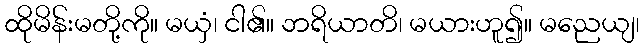
ထိုမိန်းမတို့ကို။ မယှံ၊ ငါ၏။ ဘရိယာတိ၊ မယားဟူ၍။ မညေယျ၊